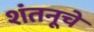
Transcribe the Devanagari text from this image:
शंतनूचे